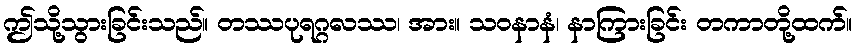
ဤသို့သွားခြင်းသည်။ တဿပုရဂ္ဂလဿ၊ အား။ သဝနာနံ၊ နာကြားခြင်း တကာတို့ထက်။